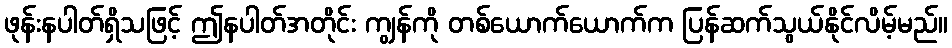
ဖုန်းနပါတ်ရှိသဖြင့် ဤနပါတ်အတိုင်း ကျွန်ကို တစ်ယောက်ယောက်က ပြန်ဆက်သွယ်နိုင်လိမ့်မည်။